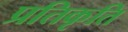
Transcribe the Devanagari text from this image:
प्रतिकृति